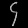
Digit: ၄